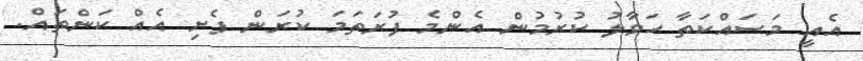
އެއީ މަސައްކަތާ ހަވާލު ކުރުމުން އެންމެ ފުރަތަމަ ކުރަން ފެށި އެއް ކަންތައް.